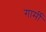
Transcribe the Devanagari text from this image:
गार्मी